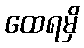
ထေရမှိ